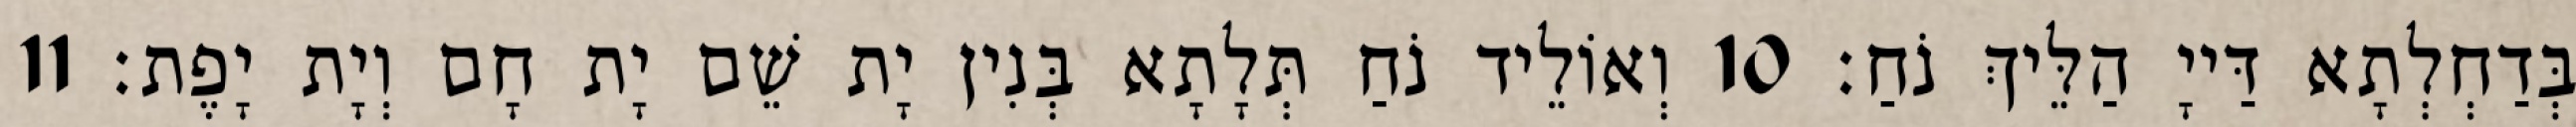
בְּדַחְלְתָא דַּייָ הַלֵּיךְ נֹחַ׃ 10 וְאוֹלֵיד נֹחַ תְּלָתָא בְּנִין יָת שֵׁם יָת חָם וְיָת יָפֶת׃ 11